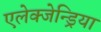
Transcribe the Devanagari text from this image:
एलेक्जेन्ड्रिया